Statistical return of the lunatic asylum in Assam - 1912-1932
Year: 1912
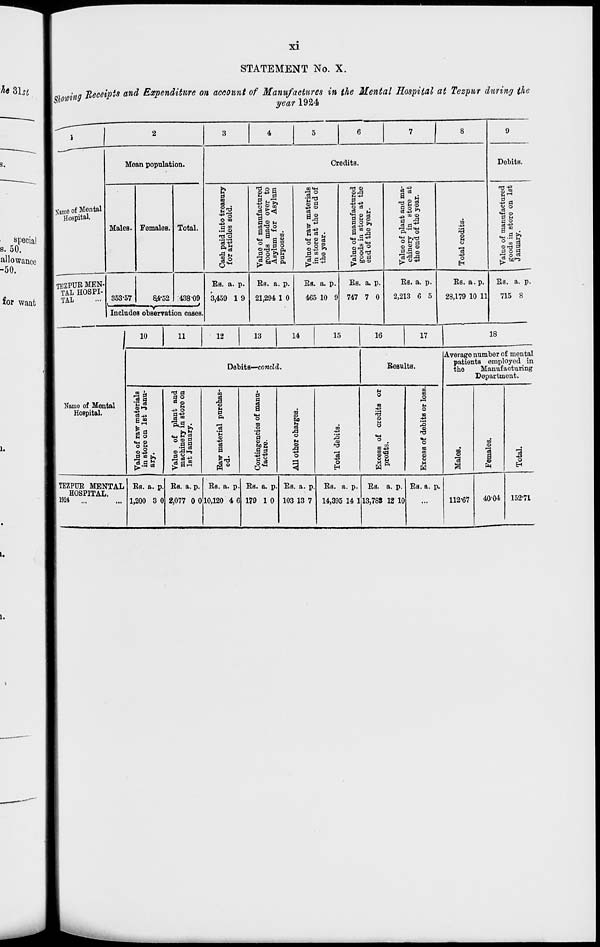
xi
STATEMENT No. X.
Showing Receipts and Expenditure on account of Manufactures in the Mental Hospital at Tezpur during the
year 1924
Same of Mental
HoBpita*.
Mean population.
Males. Females.
TEZPUR MEN-
TAL HOSPI-
TAL
353-57
84-52
Total.
Credits.
d
m
1
■ 5 o
O CD
43
C tO
°«3
■9 U
§ o
5 M
S3 jg co
fl © K
a
to
«H
d **
o
flu
° co [3 O
Orririp.
•a oJS ^
•S'g
+3 Q>
03
s.g
" * M
2 a
0 «J ©
1c3
o b
o ^1
1-8 © o3 .
«S8§
d o p,
a co ©
B _.d
©rtf °
rjoo
d to©
438-09
Includes observation cases.
Bs. a. p.
3,459 1 9
EH. a. p.
21,294 1 0
Es. a. p
465 10
Es. a. p.
747 7 0
i 43
y ** ©
04
O
O L rt
© © §
d 9 m
(5 043
Es. a. p.
2,213 6 5
©
©
4=
O
H
Es. a. p.
28,179 10 11
Debits.
Id
1° a 2
S-* 3
a"
.
d
3»
"3°
M
o a
Es. a. p.
715 8
10
11
12
13
14
15
16
17
18
Name of Mental
Hospital.
Debits—condd.
Results.
n B
n^
©1-9
43
6 CO
1-1
03 fl
S O
<M ©
°s
©43 .
d to >,
« e $
•n d
o o
o3 ©
M
43 O
a-* 3
•a oJ
^ 03-t^
m
03
rd
o
u
0
&
©
a
■8
d
d
CO
©
©
d
a g
a d
43 -S
Is
m
©
bo
s
.d
o
n
©
5J
©
13
O
o
m
m
O
M
o
S3
43
ID
m
©
M
Average number of mental
patients employed in
the
Manufacturing
Department.
m
©
a
CO
©
"3
a
©
TEZPUR MENTAL
HOSPITAL.
1924 ...
Es. a. p
1,200 3 0
Es. a. p
2,077 0 0
Es. a. p.
10,120 4 6
Es. a. p
179 1 0
Es. a. p.
103 13 7
Es. a. p.
14,395 14 1
Es. a. p
13,788 12 10
Ea. a. p.
112-67
40-0-1
4i
o
152-71